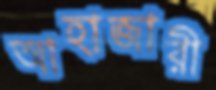
আহাজারী